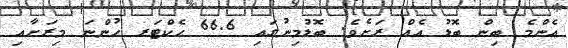
އެންމެ ބިން ބޮޑު އެއް ރަށެވެ. ބޮޑުމިނުގައި 66.6 ހެކްޓަރ ހުންނަ މިރަށާއި